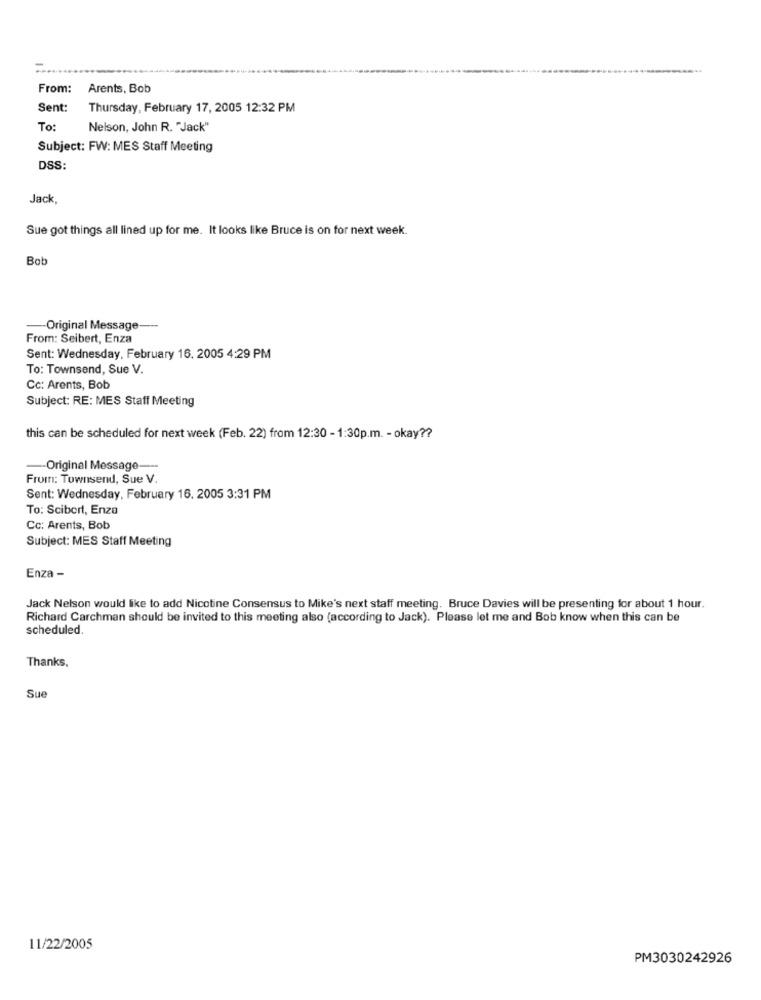
From:
Arents, Bob
Sent:
Thursday, February 17, 2005 12:32 PM
To:
Nelson, John R. "Jack"
Subject: FW: MES Staff Meeting
DSS:
Jack,
Sue got things all lined up for me. It looks like Bruce is on for next week.
Bob
-- Original Message-
From: Seibert, Enza
Sent: Wednesday, February 16. 2005 4:29 PM
To: Townsend, Sue V.
Cc: Arents, Bob
Subject: RE: MES Staff Meeting
this can be scheduled for next week (Feb. 22) from 12:30 - 1:30p.m. - okay ??
-- Original Message ---
From: Townsend, Sue V.
Sent: Wednesday, February 16. 2005 3:31 PM
To: Scibert, Enza
Cc: Arents, Bob
Subject: MES Staff Meeting
Enza -
Jack Nelson would like to add Nicotine Consensus to Mike's next staff meeting. Bruce Davies will be presenting for about 1 hour.
Richard Carchman should be invited to this meeting also (according to Jack). Please let me and Bob know when this can be
scheduled.
Thanks.
Sue
11/22/2005
PM3030242926